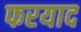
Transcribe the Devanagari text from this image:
फरयाद